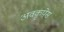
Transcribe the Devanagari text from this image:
अवकृपेस